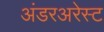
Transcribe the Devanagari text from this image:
अंडरअरेस्ट